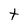
Character: t